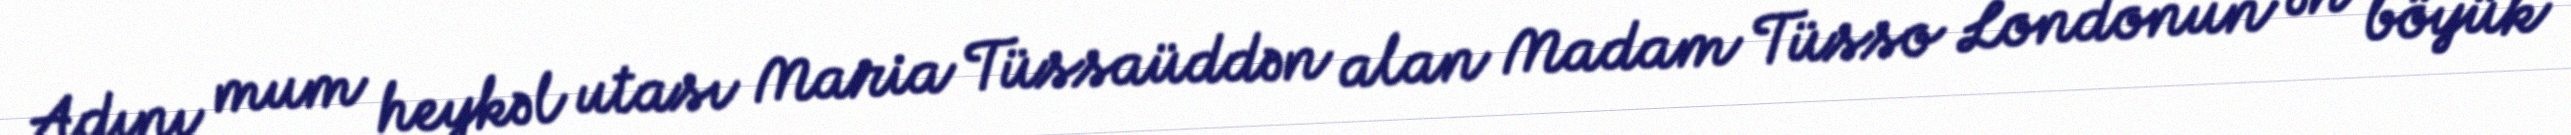
Adını mum heykəl utası Maria Tüssaüddən alan Madam Tüsso Londonun ən böyük